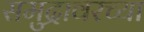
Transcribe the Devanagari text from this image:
समुद्रावरच्या